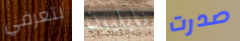
لتعرفي نابليون صدرت